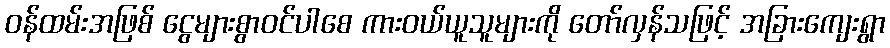
ဝန်ထမ်းအဖြစ် ငွေများစွာဝင်ပါစေ ကားဝယ်ယူသူများကို တော်လှန်သဖြင့် အခြားကျေးရွာ